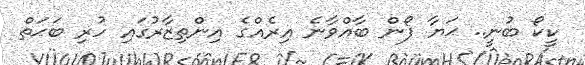
ކީކޯ ބުނީ.. ޙަޔާ ފޯން ބާއްވާނެ އިރެެއްގެ އިންތިޒާރުގައި ހުރި ބަޙަތް